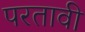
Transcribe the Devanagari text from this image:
परतावी